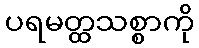
ပရမတ္ထသစ္စာကို